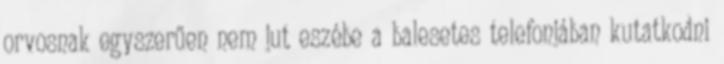
orvosnak egyszerűen nem jut eszébe a balesetes telefonjában kutatkodni